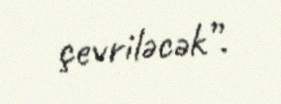
çevriləcək”.